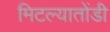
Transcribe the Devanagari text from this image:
मिटल्यातोंडी